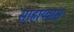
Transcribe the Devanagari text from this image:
साहाय्यास